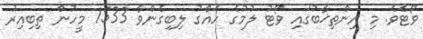
ވޯޓެވެ. މި އިންތިޚާބުގައި ވޯޓު ލުމުގެ ހައްގު ލިބިގެންވާ 1533 މީހުން ތިބިއިރު